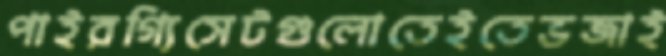
পাইরগ্যিসেটগুলোতেইতেভজাই